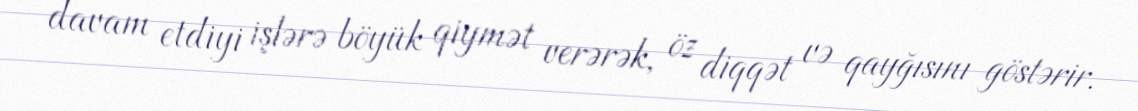
davam etdiyi işlərə böyük qiymət verərək, öz diqqət və qayğısını göstərir.